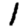
Digit: 1